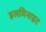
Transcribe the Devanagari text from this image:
इलमिनाइट